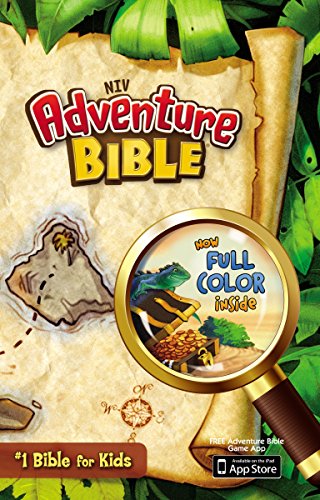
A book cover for Adventure Bible, NIV; Christian Books & Bibles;